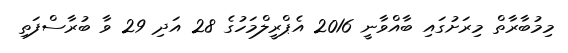
މިމުބާރާތް މިރަށުގައި ބާއްވާނީ 2016 އެޕްރީލްމަހުގެ 28 އަދި 29 ވާ ބުރާސްފަތި